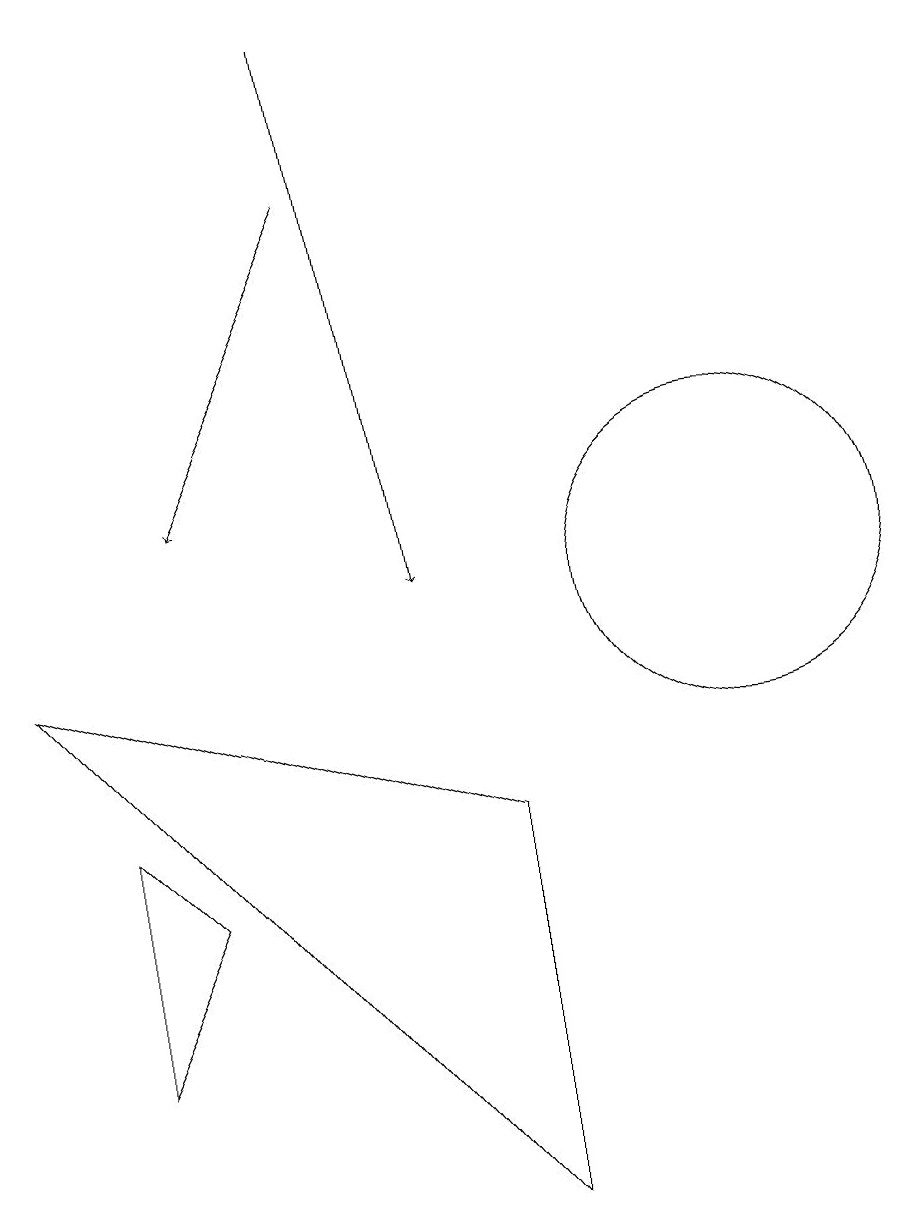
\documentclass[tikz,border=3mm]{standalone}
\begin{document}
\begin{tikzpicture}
\draw (11,10) circle (2);
\draw[->] (6,15) -- (4,11);
\draw (2,9) -- (8,2) -- (8,7) -- cycle;
\draw[->] (6,17) -- (7,10);
\draw (4,6) -- (3,7) -- (3,4) -- cycle;
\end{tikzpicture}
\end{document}